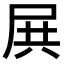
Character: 𡱒